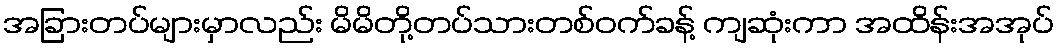
အခြားတပ်များမှာလည်း မိမိတို့တပ်သားတစ်ဝက်ခန့် ကျဆုံးကာ အထိန်းအအုပ်